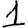
Digit: 1